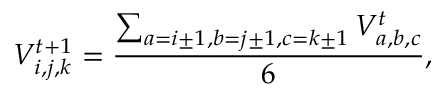
V _ { i , j , k } ^ { t + 1 } = \frac { \sum _ { a = i \pm 1 , b = j \pm 1 , c = k \pm 1 } V _ { a , b , c } ^ { t } } { 6 } ,